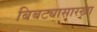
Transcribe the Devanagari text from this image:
बिबट्यासारखा